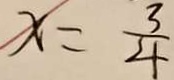
x = \frac { 3 } { 4 }